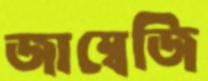
জাম্বেজি